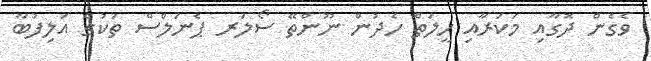
ވެގެން ދޮގާއި މަކަރާއި ހީލަތް ހެދުން ނޫންތޭ ސޯލަރ ޕެނަލްސް ތަކުގެ އަލިފުބާ